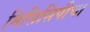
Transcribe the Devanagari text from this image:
मिसिसिपीचा